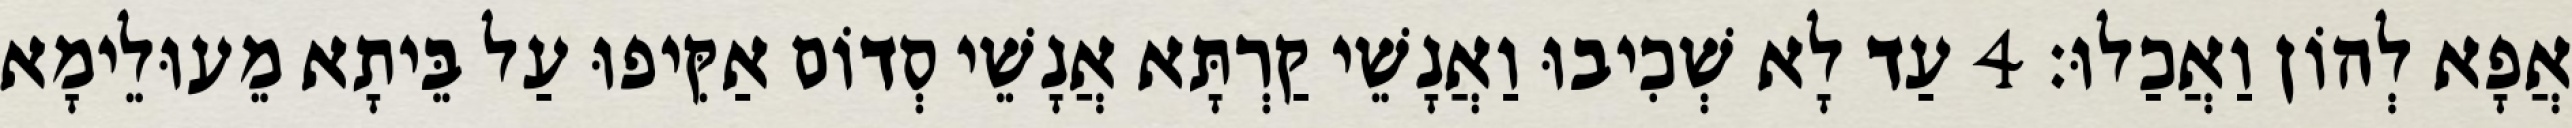
אֲפָא לְהוֹן וַאֲכַלוּ׃ 4 עַד לָא שְׁכִיבוּ וַאֲנָשֵׁי קַרְתָּא אֲנָשֵׁי סְדוֹם אַקִּיפוּ עַל בֵּיתָא מֵעוּלֵימָא